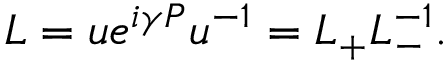
L = u e ^ { i \gamma P } u ^ { - 1 } = L _ { + } L _ { - } ^ { - 1 } .